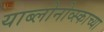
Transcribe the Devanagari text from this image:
याब्लोनोव्स्काच्या